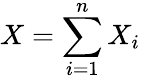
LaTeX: X=\sum_{i=1}^{n}X_{i}